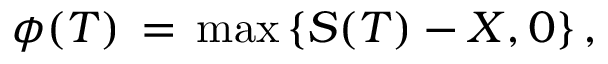
\phi ( T ) \, = \, \mathrm { m a x } \, \{ S ( T ) - X , 0 \} \, ,